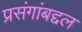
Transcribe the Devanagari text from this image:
प्रसंगांबद्दल